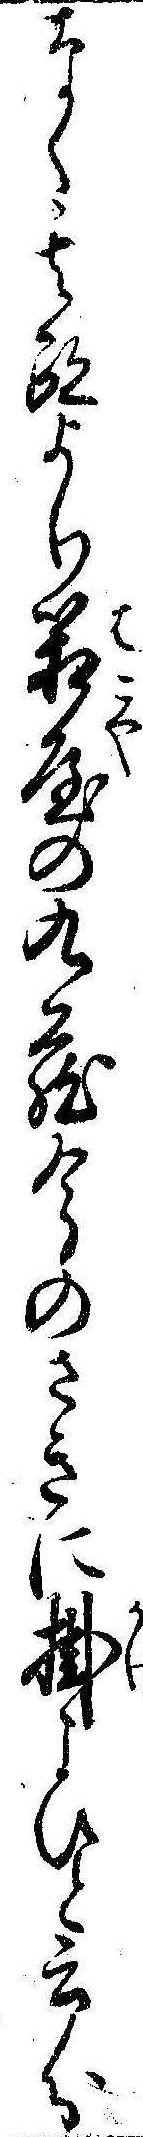
なく其跡より箱屋の九蔵今のさきに掛こひと云分